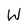
Character: W